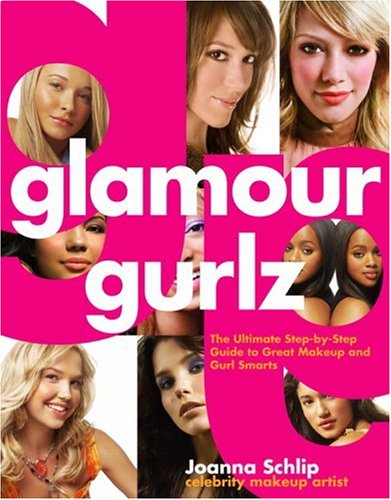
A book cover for Glamour Gurlz: The Ultimate Step-by-Step Guide to Great Makeup and Gurl Smarts; Joanna Schlip; Teen & Young Adult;